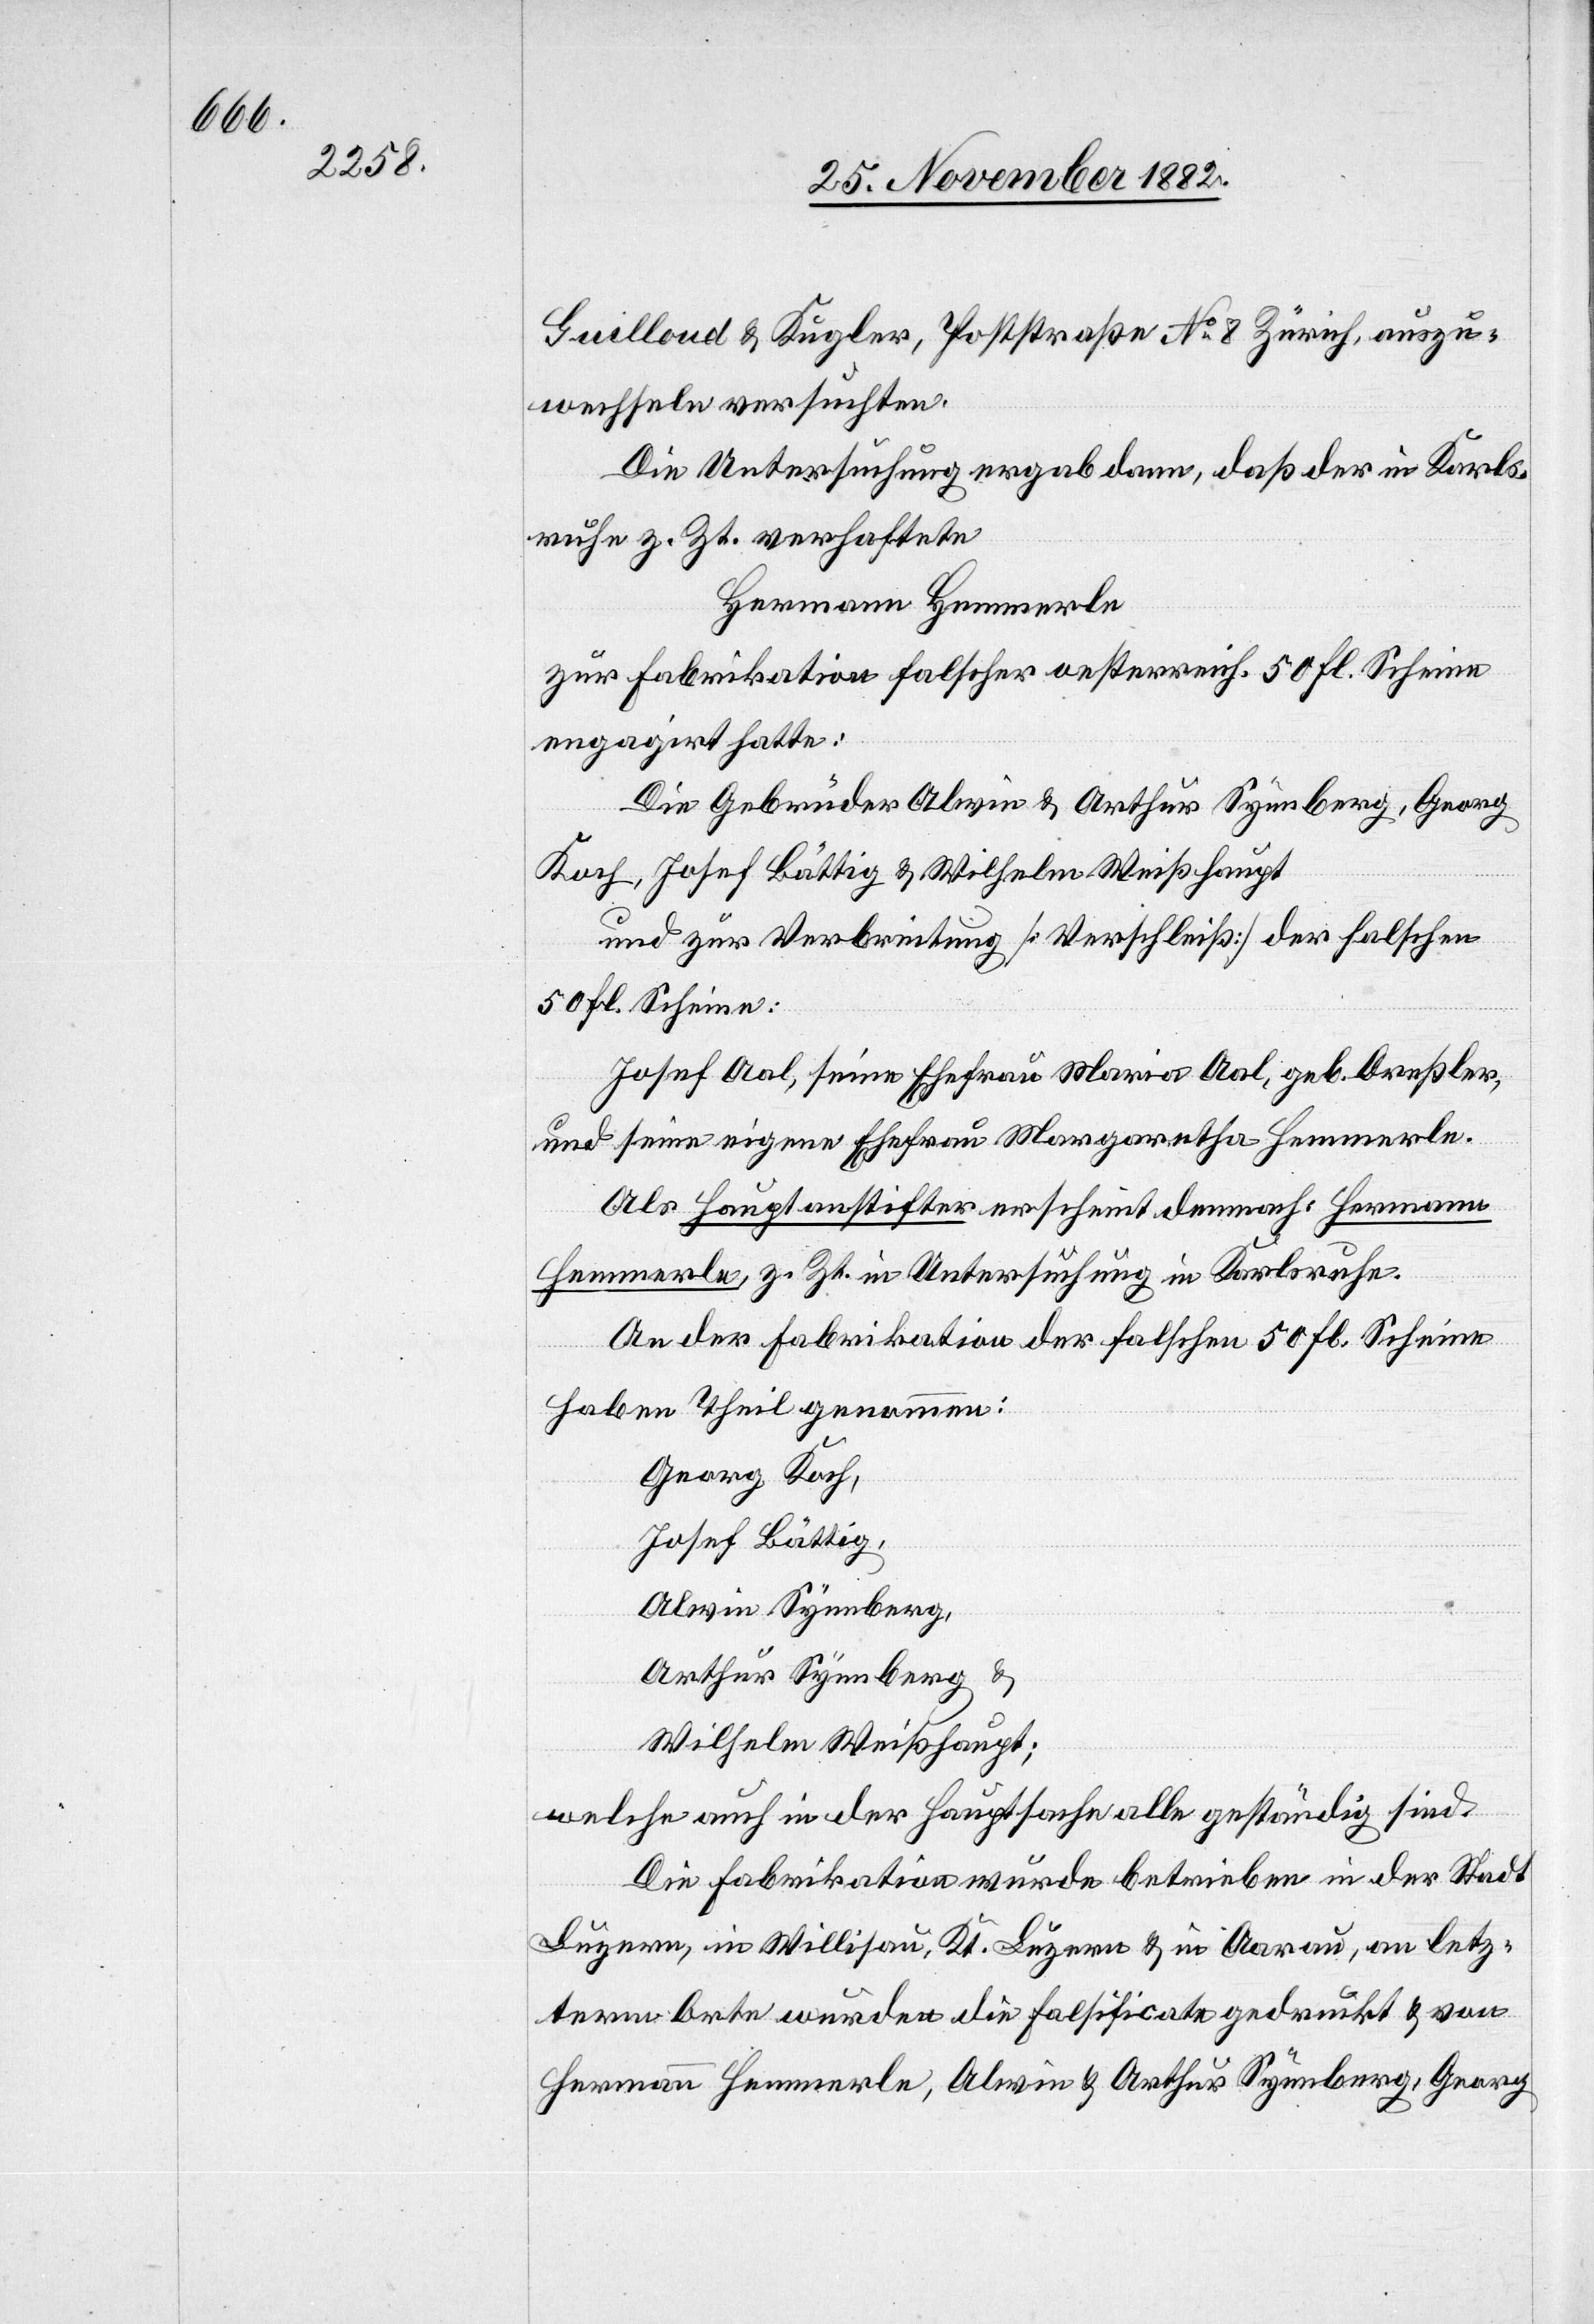
Guilloud & Kugler, Poststraße No 8 Zürich, auszu¬
wechseln versuchten.
Die Untersuchung ergab dann, daß der in Karls¬
ruhe z. Zt. verhaftete
Hermann Hemmerle
zur Fabrikation falscher oesterreich. 50 Fl. Scheine
engagirt hatte:
Die Gebrüder Alwin & Arthur Synnberg, Georg
Koch, Josef Bättig & Wilhelm Weißhaupt
und zur Verbreitung [Verschleiß] der falschen
50 Fl. Scheine:
Josef Aal, seine Ehefrau Maria Aal, geb. Dreßler,
und seine eigene Ehefrau Margaretha Hemmerle.
Als Hauptanstifter erscheint demnach: Hermann
Hemmerle, z. Zt. in Untersuchung in Karlsruhe.
An der Fabrikation der falschen 50 Fl. Scheine
haben Theil genommen:
Georg Koch,
Josef Bättig,
Alwin Synnberg
Arthur Synnberg
Wilhelm Weißhaupt;
welche auch in der Hauptsache alle geständig sind.
Die Fabrikation wurde betrieben in der Stadt
Luzern, in Willisau, Kt. Luzern & in Aarau, an letz¬
term Orte wurden die Falsificate gedruckt & von
Hermann Hemmerle, Alwin & Arthur Synnberg, Georg